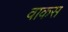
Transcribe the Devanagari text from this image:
वाकस